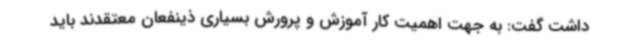
داشت گفت: به جهت اهمیت کار آموزش و پرورش بسیاری ذینفعان معتقدند باید